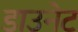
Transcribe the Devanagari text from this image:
डाउनेट